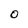
Character: O